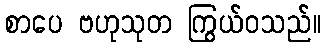
စာပေ ဗဟုသုတ ကြွယ်ဝသည်။